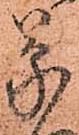
蒙